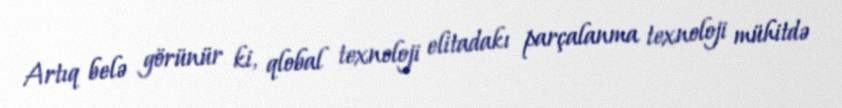
Artıq belə görünür ki, qlobal texnoloji elitadakı parçalanma texnoloji mühitdə